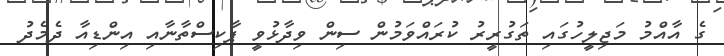
ގެ އާއްމު މަޖިލީހުގައި ތަގުރީރު ކުރައްވަމުން ސިން ވިދާޅުވީ ޕާކިސްތާނާއި އިންޑިއާ ދެމެދު